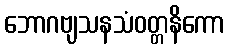
ဘောဂဗျသနသံဝတ္တနိကော